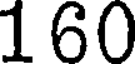
160